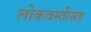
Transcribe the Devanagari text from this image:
लोकवस्तीसह